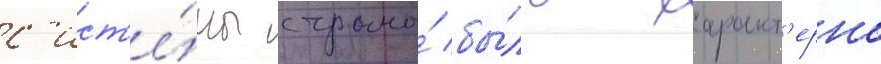
с'ист'е́мы страны́ бы́ло характ'ерно